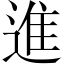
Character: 進